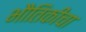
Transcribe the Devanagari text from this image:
भौतिकीचा